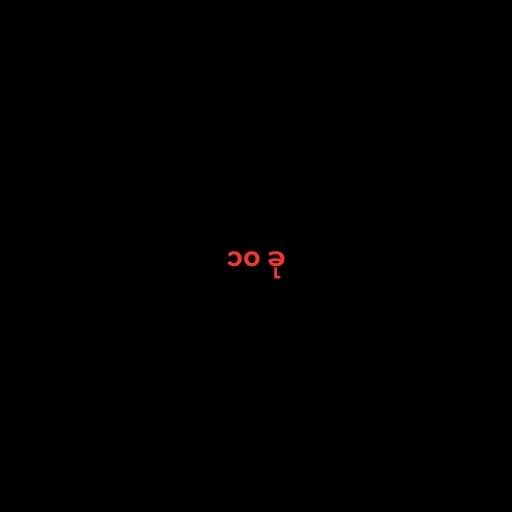
၁၀ ခု